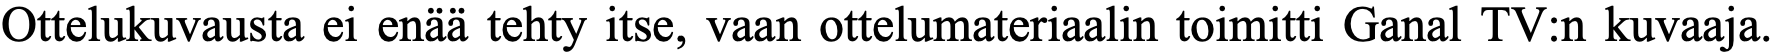
Ottelukuvausta ei enää tehty itse, vaan ottelumateriaalin toimitti Ganal TV:n kuvaaja.